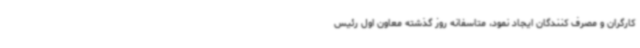
کارگران و مصرف کنندگان ایجاد نمود، متاسفانه روز گذشته معاون اول رئیس